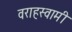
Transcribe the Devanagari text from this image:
वराहस्‍वामी